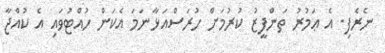
ނެރެފި. އެ ޢަމުރު ތަންފީޒު ކުރުމަށް ހުރަސްއަޅާނަމަ އެކަން ހުއްޓުވައި އެ ކުއްޖާ